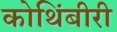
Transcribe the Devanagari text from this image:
कोथिंबीरी